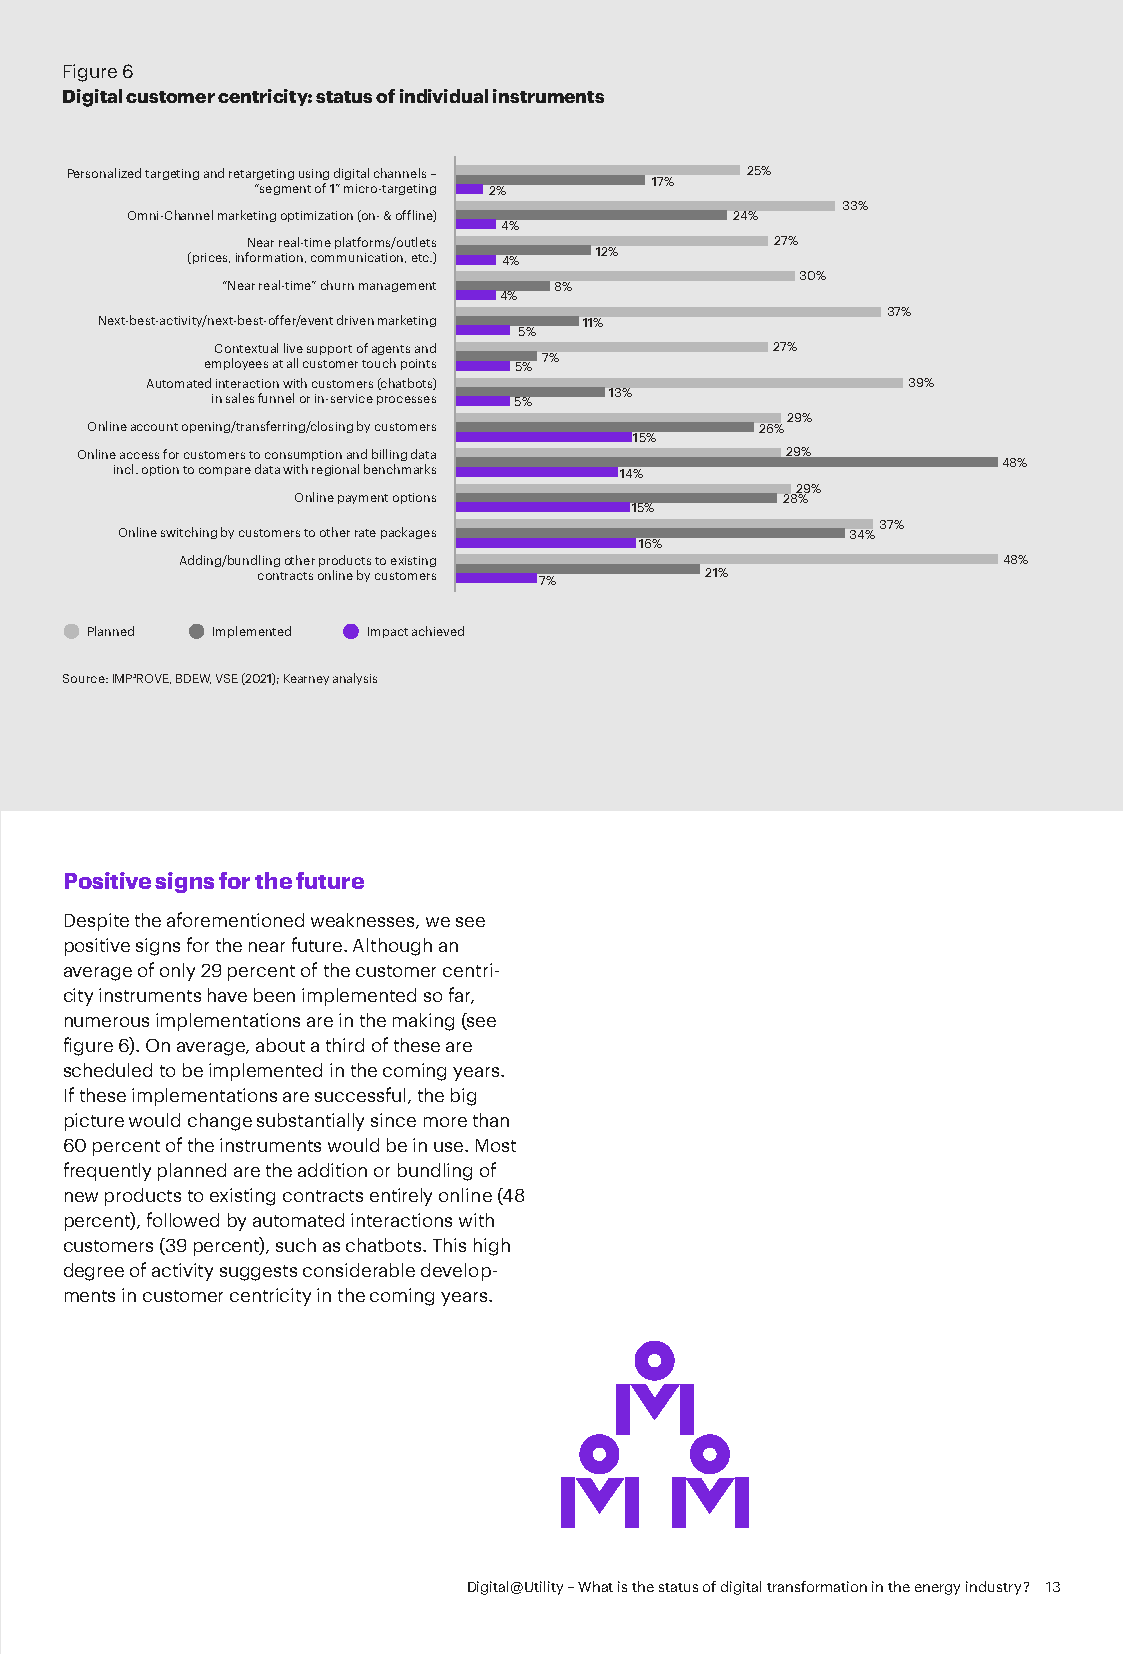
Figure 6
 Digital customer centricity: status of individual instruments
 Personalized targeting and retargeting using digital channels – 25%
 17%
 “segment of 1” micro-targeting 2%
 33%
 Omni-Channel marketing optimization (on- & offline) 24%
 4%
 Near real-time platforms/outlets   27%
 12%
 (prices, information, communication, etc.) 4%
 30%
 “Near real-time” churn management 8%
 4%
 37%
 Next-best-activity/next-best-offer/event driven marketing 11%
 5%
 Contextual live support of agents and 27%
 employees at all customer touch points 5% 7%
 Automated interaction with customers (chatbots)   39%
 in sales funnel or in-service processes 5% 13%
 29%
 Online account opening/transferring/closing by customers 26%
 15%
 Online access for customers to consumption and billing data 29%
 48%
 incl. option to compare data with regional benchmarks 14%
 29%
 Online payment options           28%
 15%
 37%
 Online switching by customers to other rate packages 34%
 16%
 Adding/bundling other products to existing            48%
 contracts online by customers 7% 21%
 Planned Implemented Impact achieved
 Source: IMP³ROVE, BDEW, VSE (2021); Kearney analysis
 Positive signs for the future
 Despite the aforementioned weaknesses, we see
 positive signs for the near future. Although an
 average of only 29 percent of the customer centri-
 city instruments have been implemented so far,
 numerous implementations are in the making (see
 figure 6). On average, about a third of these are
 scheduled to be implemented in the coming years.
 If these implementations are successful, the big
 picture would change substantially since more than
 60 percent of the instruments would be in use. Most
 frequently planned are the addition or bundling of
 new products to existing contracts entirely online (48
 percent), followed by automated interactions with
 customers (39 percent), such as chatbots. This high
 degree of activity suggests considerable develop-
 ments in customer centricity in the coming years.
 Digital@Utility – What is the status of digital transformation in the energy industry? 13